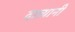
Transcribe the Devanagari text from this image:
दात्यानी